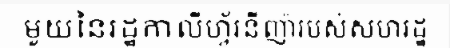
មួយនៃរដ្ឋកាលីហ្វ័រនីញ៉ារបស់សហរដ្ឋ